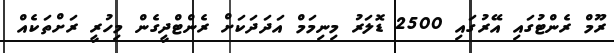
ރޫމް ރެންޓުގައި އޭރުގައި 2500 ޑޮލަރު މިނިމަމް އަދަދަކަށް ރެންޓްދީގެން މިހުރީ ރަށްތަކެއް